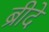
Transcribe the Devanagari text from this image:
ब्रीदे